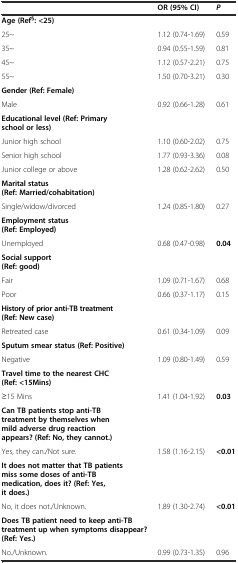
<table><thead><tr><td>[EMPTY_CELL]</td><td><b>OR (95% CI)</b></td><td><b><i>P</i></b></td></tr></thead><tbody><tr><td><b>Age (Ref</b><sup><b>§</b></sup><b>: &lt;25)</b></td><td>[EMPTY_CELL]</td><td>[EMPTY_CELL]</td></tr><tr><td>25~</td><td>1.12 (0.74-1.69)</td><td>0.59</td></tr><tr><td>35~</td><td>0.94 (0.55-1.59)</td><td>0.81</td></tr><tr><td>45~</td><td>1.12 (0.57-2.21)</td><td>0.75</td></tr><tr><td>55~</td><td>1.50 (0.70-3.21)</td><td>0.30</td></tr><tr><td><b>Gender</b><b>(Ref: Female)</b></td><td>[EMPTY_CELL]</td><td>[EMPTY_CELL]</td></tr><tr><td>Male</td><td>0.92 (0.66-1.28)</td><td>0.61</td></tr><tr><td><b>Educational level</b><b>(Ref: Primary school or less)</b></td><td>[EMPTY_CELL]</td><td>[EMPTY_CELL]</td></tr><tr><td>Junior high school</td><td>1.10 (0.60-2.02)</td><td>0.75</td></tr><tr><td>Senior high school</td><td>1.77 (0.93-3.36)</td><td>0.08</td></tr><tr><td>Junior college or above</td><td>1.28 (0.62-2.62)</td><td>0.50</td></tr><tr><td><b>Marital status</b><b>(Ref: Married/cohabitation)</b></td><td>[EMPTY_CELL]</td><td>[EMPTY_CELL]</td></tr><tr><td>Single/widow/divorced</td><td>1.24 (0.85-1.80)</td><td>0.27</td></tr><tr><td><b>Employment status</b><b>(Ref: Employed)</b></td><td>[EMPTY_CELL]</td><td>[EMPTY_CELL]</td></tr><tr><td>Unemployed</td><td>0.68 (0.47-0.98)</td><td><b>0.04</b></td></tr><tr><td><b>Social support</b><b>(Ref: good)</b></td><td>[EMPTY_CELL]</td><td>[EMPTY_CELL]</td></tr><tr><td>Fair</td><td>1.09 (0.71-1.67)</td><td>0.68</td></tr><tr><td>Poor</td><td>0.66 (0.37-1.17)</td><td>0.15</td></tr><tr><td><b>History of prior anti-TB treatment</b><b>(Ref: New case)</b></td><td>[EMPTY_CELL]</td><td>[EMPTY_CELL]</td></tr><tr><td>Retreated case</td><td>0.61 (0.34-1.09)</td><td>0.09</td></tr><tr><td><b>Sputum smear status</b><b>(Ref: Positive)</b></td><td>[EMPTY_CELL]</td><td>[EMPTY_CELL]</td></tr><tr><td>Negative</td><td>1.09 (0.80-1.49)</td><td>0.59</td></tr><tr><td><b>Travel time to the nearest CHC</b><b>(Ref: &lt;15Mins)</b></td><td>[EMPTY_CELL]</td><td>[EMPTY_CELL]</td></tr><tr><td>≥15 Mins</td><td>1.41 (1.04-1.92)</td><td><b>0.03</b></td></tr><tr><td><b>Can TB patients stop anti-TB treatment by themselves when mild adverse drug reaction appears?</b><b>(Ref: No, they cannot.)</b></td><td>[EMPTY_CELL]</td><td>[EMPTY_CELL]</td></tr><tr><td>Yes, they can./Not sure.</td><td>1.58 (1.16-2.15)</td><td><b>&lt;0.01</b></td></tr><tr><td><b>It does not matter that TB patients miss some doses of anti-TB medication, does it?</b><b>(Ref: Yes, it does.)</b></td><td>[EMPTY_CELL]</td><td>[EMPTY_CELL]</td></tr><tr><td>No, it does not./Unknown.</td><td>1.89 (1.30-2.74)</td><td><b>&lt;0.01</b></td></tr><tr><td><b>Does TB patient need to keep anti-TB treatment up when symptoms disappear?</b><b>(Ref: Yes.)</b></td><td>[EMPTY_CELL]</td><td>[EMPTY_CELL]</td></tr><tr><td>No./Unknown.</td><td>0.99 (0.73-1.35)</td><td>0.96</td></tr></tbody></table>